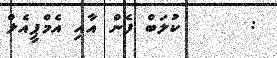
:      ކުލަބް ފެން އާއި އެމްޕީއެލް